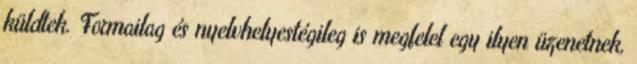
küldtek. Formailag és nyelvhelyestégileg is megfelel egy ilyen üzenetnek,